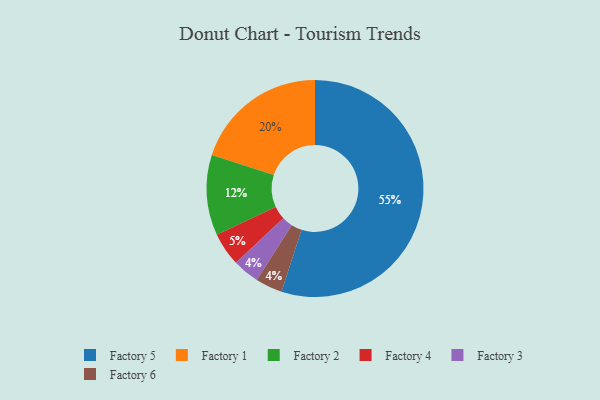
{"axis": {"x": "Category", "y": "Percentage"}, "legend": ["Factory 1", "Factory 2", "Factory 3", "Factory 4", "Factory 5", "Factory 6"], "data": [{"x": "Factory 1", "y": 20, "type": "Factory 1"}, {"x": "Factory 2", "y": 12, "type": "Factory 2"}, {"x": "Factory 3", "y": 4, "type": "Factory 3"}, {"x": "Factory 5", "y": 55, "type": "Factory 5"}, {"x": "Factory 6", "y": 4, "type": "Factory 6"}, {"x": "Factory 4", "y": 5, "type": "Factory 4"}]}